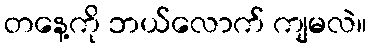
တနေ့ကို ဘယ်လောက် ကျမလဲ။